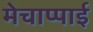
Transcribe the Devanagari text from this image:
मेचाप्पाई